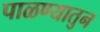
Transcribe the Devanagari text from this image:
पाळण्यातुन